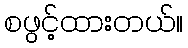
စဖွင့်ထားတယ်။